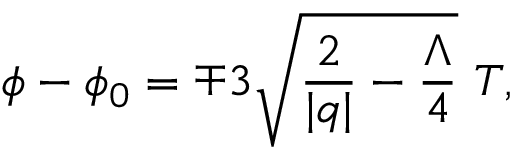
\phi - \phi _ { 0 } = \mp 3 \sqrt { \frac { 2 } { | q | } - \frac { \Lambda } { 4 } } \ T ,